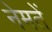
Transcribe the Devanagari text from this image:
नेमतें